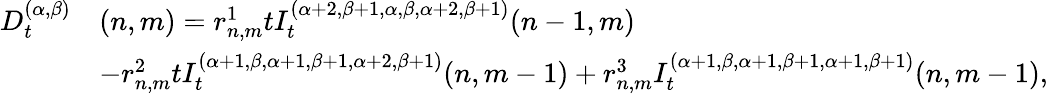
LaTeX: \begin{array}{rl}{D_{t}^{(\alpha,\beta)}}&{(n,m)=r_{n,m}^{1}tI_{t}^{(\alpha+2,\beta+1,\alpha,\beta,\alpha+2,\beta+1)}{(n-1,m)}}\\ &{-r_{n,m}^{2}tI_{t}^{(\alpha+1,\beta,\alpha+1,\beta+1,\alpha+2,\beta+1)}{(n,m-1)}+r_{n,m}^{3}I_{t}^{(\alpha+1,\beta,\alpha+1,\beta+1,\alpha+1,\beta+1)}{(n,m-1)},}\end{array}